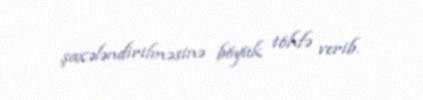
şaxələndirilməsinə böyük töhfə verib.